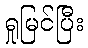
ရှုမြင်ပြီး